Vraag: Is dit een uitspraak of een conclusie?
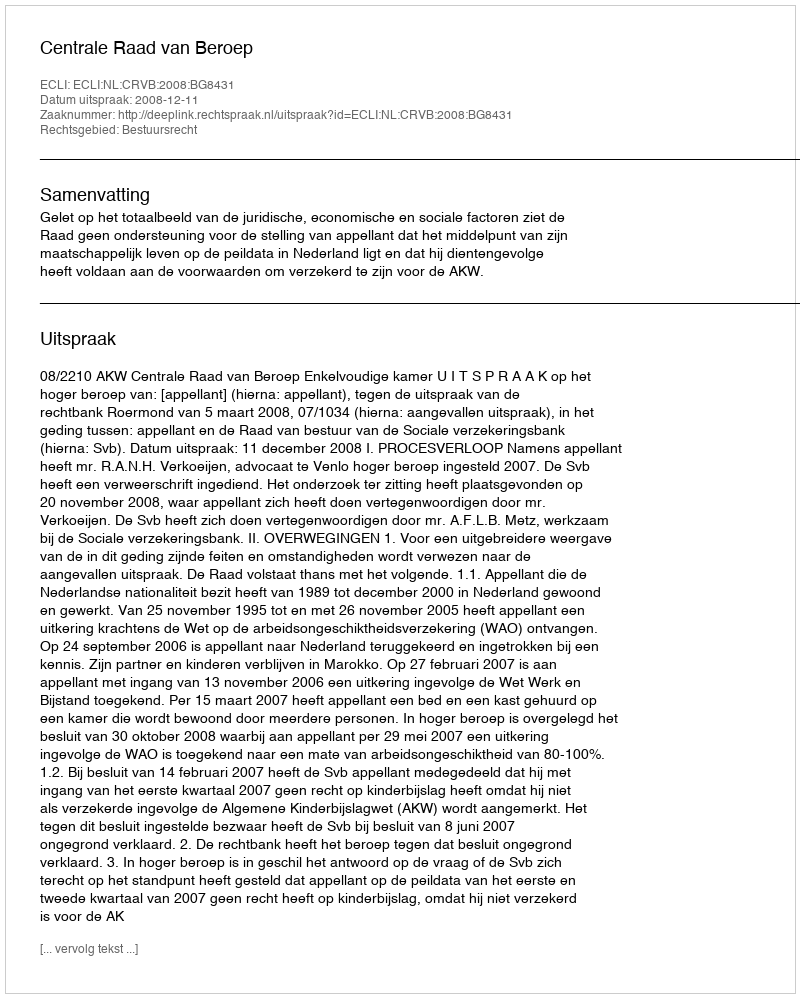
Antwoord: Uitspraak